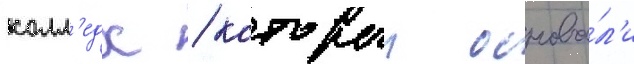
колл'едж / которыи основа́л'и